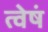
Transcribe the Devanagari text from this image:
त्वेषं